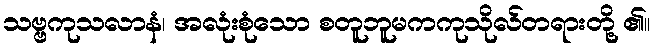
သဗ္ဗကုသလာနံ၊ အလုံးစုံသော စတူဘူမကကုသိုလ်တရားတို့ ၏။